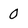
Character: 0